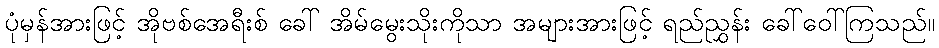
ပုံမှန်အားဖြင့် အိုဗစ်အေရီးစ် ခေါ် အိမ်မွေးသိုးကိုသာ အများအားဖြင့် ရည်ညွှန်း ခေါ်ဝေါ်ကြသည်။